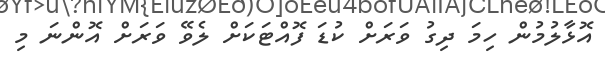
އޮޅާލުމުން ހިމަ ދިގު ވަރަށް ކުޑަ ފޮއްޓަކަށް ލެވޭ ވަރަށް އޮންނަ މި